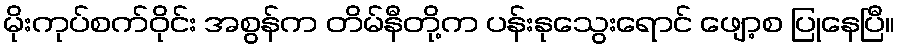
မိုးကုပ်စက်ဝိုင်း အစွန်က တိမ်နီတို့က ပန်းနုသွေးရောင် ဖျော့စ ပြုနေပြီ။